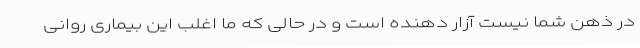
در ذهن شما نیست آزار دهنده است و در حالی که ما اغلب این بیماری روانی